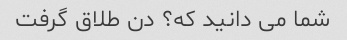
شما می دانید که؟ دن طلاق گرفت